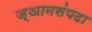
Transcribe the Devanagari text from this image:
ज्ञानसंपदा